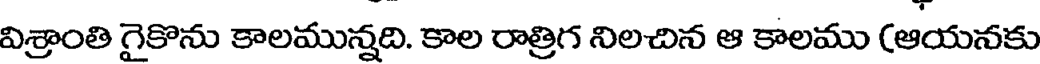
విశ్రాంతి గైకొను కాలమున్నది. కాల రాత్రిగ నిలచిన ఆ కాలము (ఆయనకు